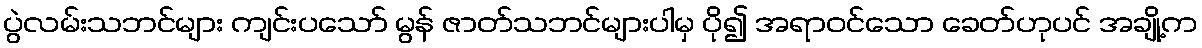
ပွဲလမ်းသဘင်များ ကျင်းပသော် မွန် ဇာတ်သဘင်များပါမှ ပို၍ အရာဝင်သော ခေတ်ဟုပင် အချို့က